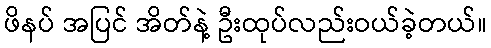
ဖိနပ် အပြင် အိတ်နဲ့ ဦးထုပ်လည်းဝယ်ခဲ့တယ်။